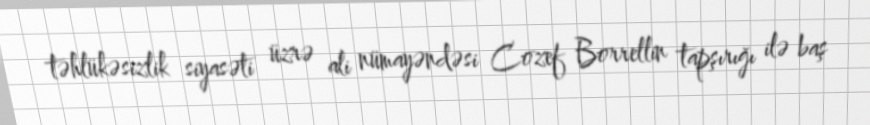
təhlükəsizlik siyasəti üzrə ali nümayəndəsi Cozef Borrellin tapşırığı ilə baş